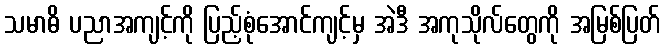
သမာဓိ ပညာအကျင့်ကို ပြည့်စုံအောင်ကျင့်မှ အဲဒီ အကုသိုလ်တွေကို အမြစ်ပြတ်